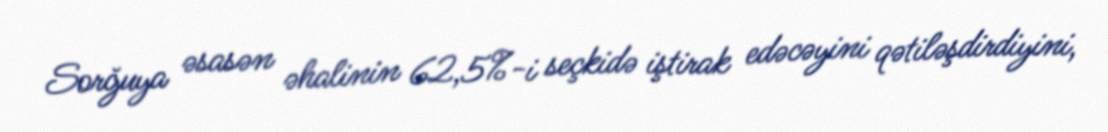
Sorğuya əsasən əhalinin 62,5%-i seçkidə iştirak edəcəyini qətiləşdirdiyini,